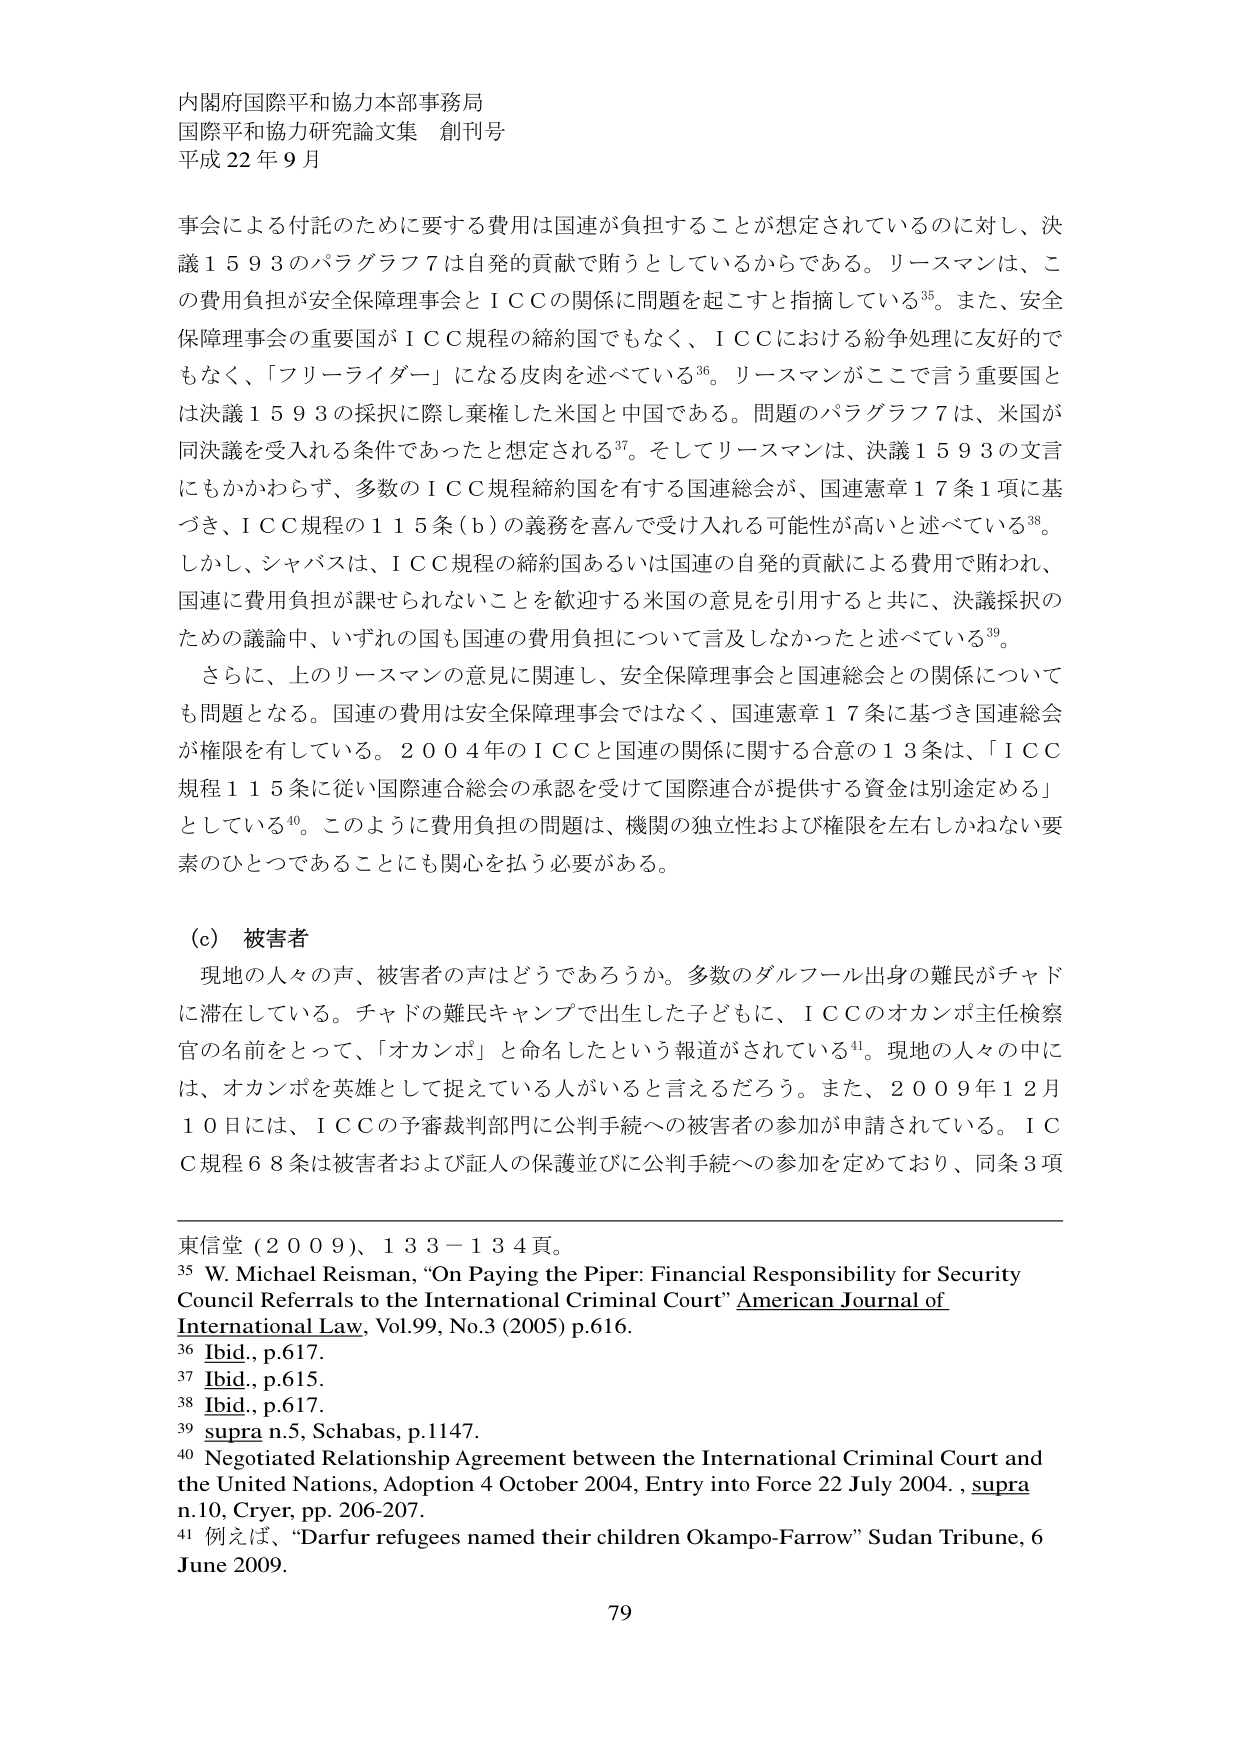
内閣府国際平和協力本部事務局
国際平和協力研究論文集 創刊号
平成22年9月

事会による付託のために要する費用は国連が負担することが想定されているのに対し、決議1593のパラグラフ7は自発的貢献で賄うとしているからである。リースマンは、この費用負担が安全保障理事会とICCの関係に問題を起こすと指摘している35。また、安全保障理事会の重要国がICC規程の締約国でもなく、ICCにおける紛争処理に友好的でもなく、「フリーライダー」になる皮肉を述べている36。リースマンがここで言う重要国とは決議1593の採択に際し乗権した米国と中国である。問題のパラグラフ7は、米国が同決議を受入れる条件であったと想定される37。そしてリースマンは、決議1593の文言にもかかわらず、多数のICC規程締約国を有する国連総会が、国連憲章17条1項に基づき、ICC規程の115条(b)の義務を喜んで受け入れる可能性が高いと述べている38。しかし、シャバスは、ICC規程の締約国あるいは国連の自発的貢献による費用で賄われ、国連に費用負担が課せられないことを歓迎する米国の意見を引用すると共に、決議採択のための議論中、いずれの国も国連の費用負担について言及しなかったと述べている39。

さらに、上のリースマンの意見に関連し、安全保障理事会と国連総会との関係についても問題となる。国連の費用は安全保障理事会ではなく、国連憲章17条に基づき国連総会が権限を有している。2004年のICCと国連の関係に関する合意の13条は、「ICC規程115条に従い国際連合総会の承認を受けて国際連合が提供する資金は別途定める」としている40。このように費用負担の問題は、機関の独立性および権限を左右しかねない要素のひとつであることににも関心を払う必要がある。

(c) 被害者
現地の人々の声、被害者の声はどうであろうか。多数のダルフール出身の難民がチャドに滞在している。チャドの難民キャンプで出生した子どもに、ICCのオカンポ主任検察官の名前をとって、「オカンポ」と命名したという報道がされている41。現地の人々の中には、オカンポを英雄として捉えている人がいると言えるだろう。また、2009年12月10日には、ICCの予審裁判部門に公判手続への被害者の参加が申請されている。ICC規程68条は被害者および証人の保護並びに公判手続への参加を定めており、同条3項

東信堂（2009）、133-134頁。
35 W. Michael Reisman, “On Paying the Piper: Financial Responsibility for Security Council Referrals to the International Criminal Court” American Journal of International Law, Vol.99, No.3 (2005) p.616.
36 Ibid., p.617.
37 Ibid., p.615.
38 Ibid., p.617.
39 supra n.5, Schabas, p.1147.
40 Negotiated Relationship Agreement between the International Criminal Court and the United Nations, Adoption 4 October 2004, Entry into Force 22 July 2004., supra n.10, Cryer, pp. 206-207.
41 例えば、“Darfur refugees named their children Okampo-Farrow” Sudan Tribune, 6 June 2009.

79